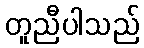
တူညီပါသည်